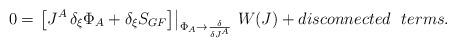
LaTeX: \begin{align*}0=\left. \left[J^A \, \delta_{\xi}\Phi_A + \delta_{\xi} S_{GF} \right] \right|_{\Phi_A\rightarrow \frac{\delta}{\delta J^A}} \, W(J)+ disconnected~~terms.\end{align*}